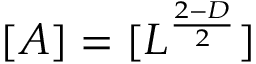
[ A ] = [ L ^ { \frac { 2 - D } { 2 } } ]